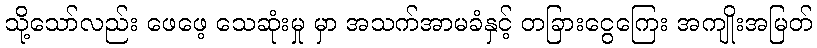
သို့သော်လည်း ဖေဖေ့ သေဆုံးမှု မှာ အသက်အာမခံနှင့် တခြားငွေကြေး အကျိုးအမြတ်